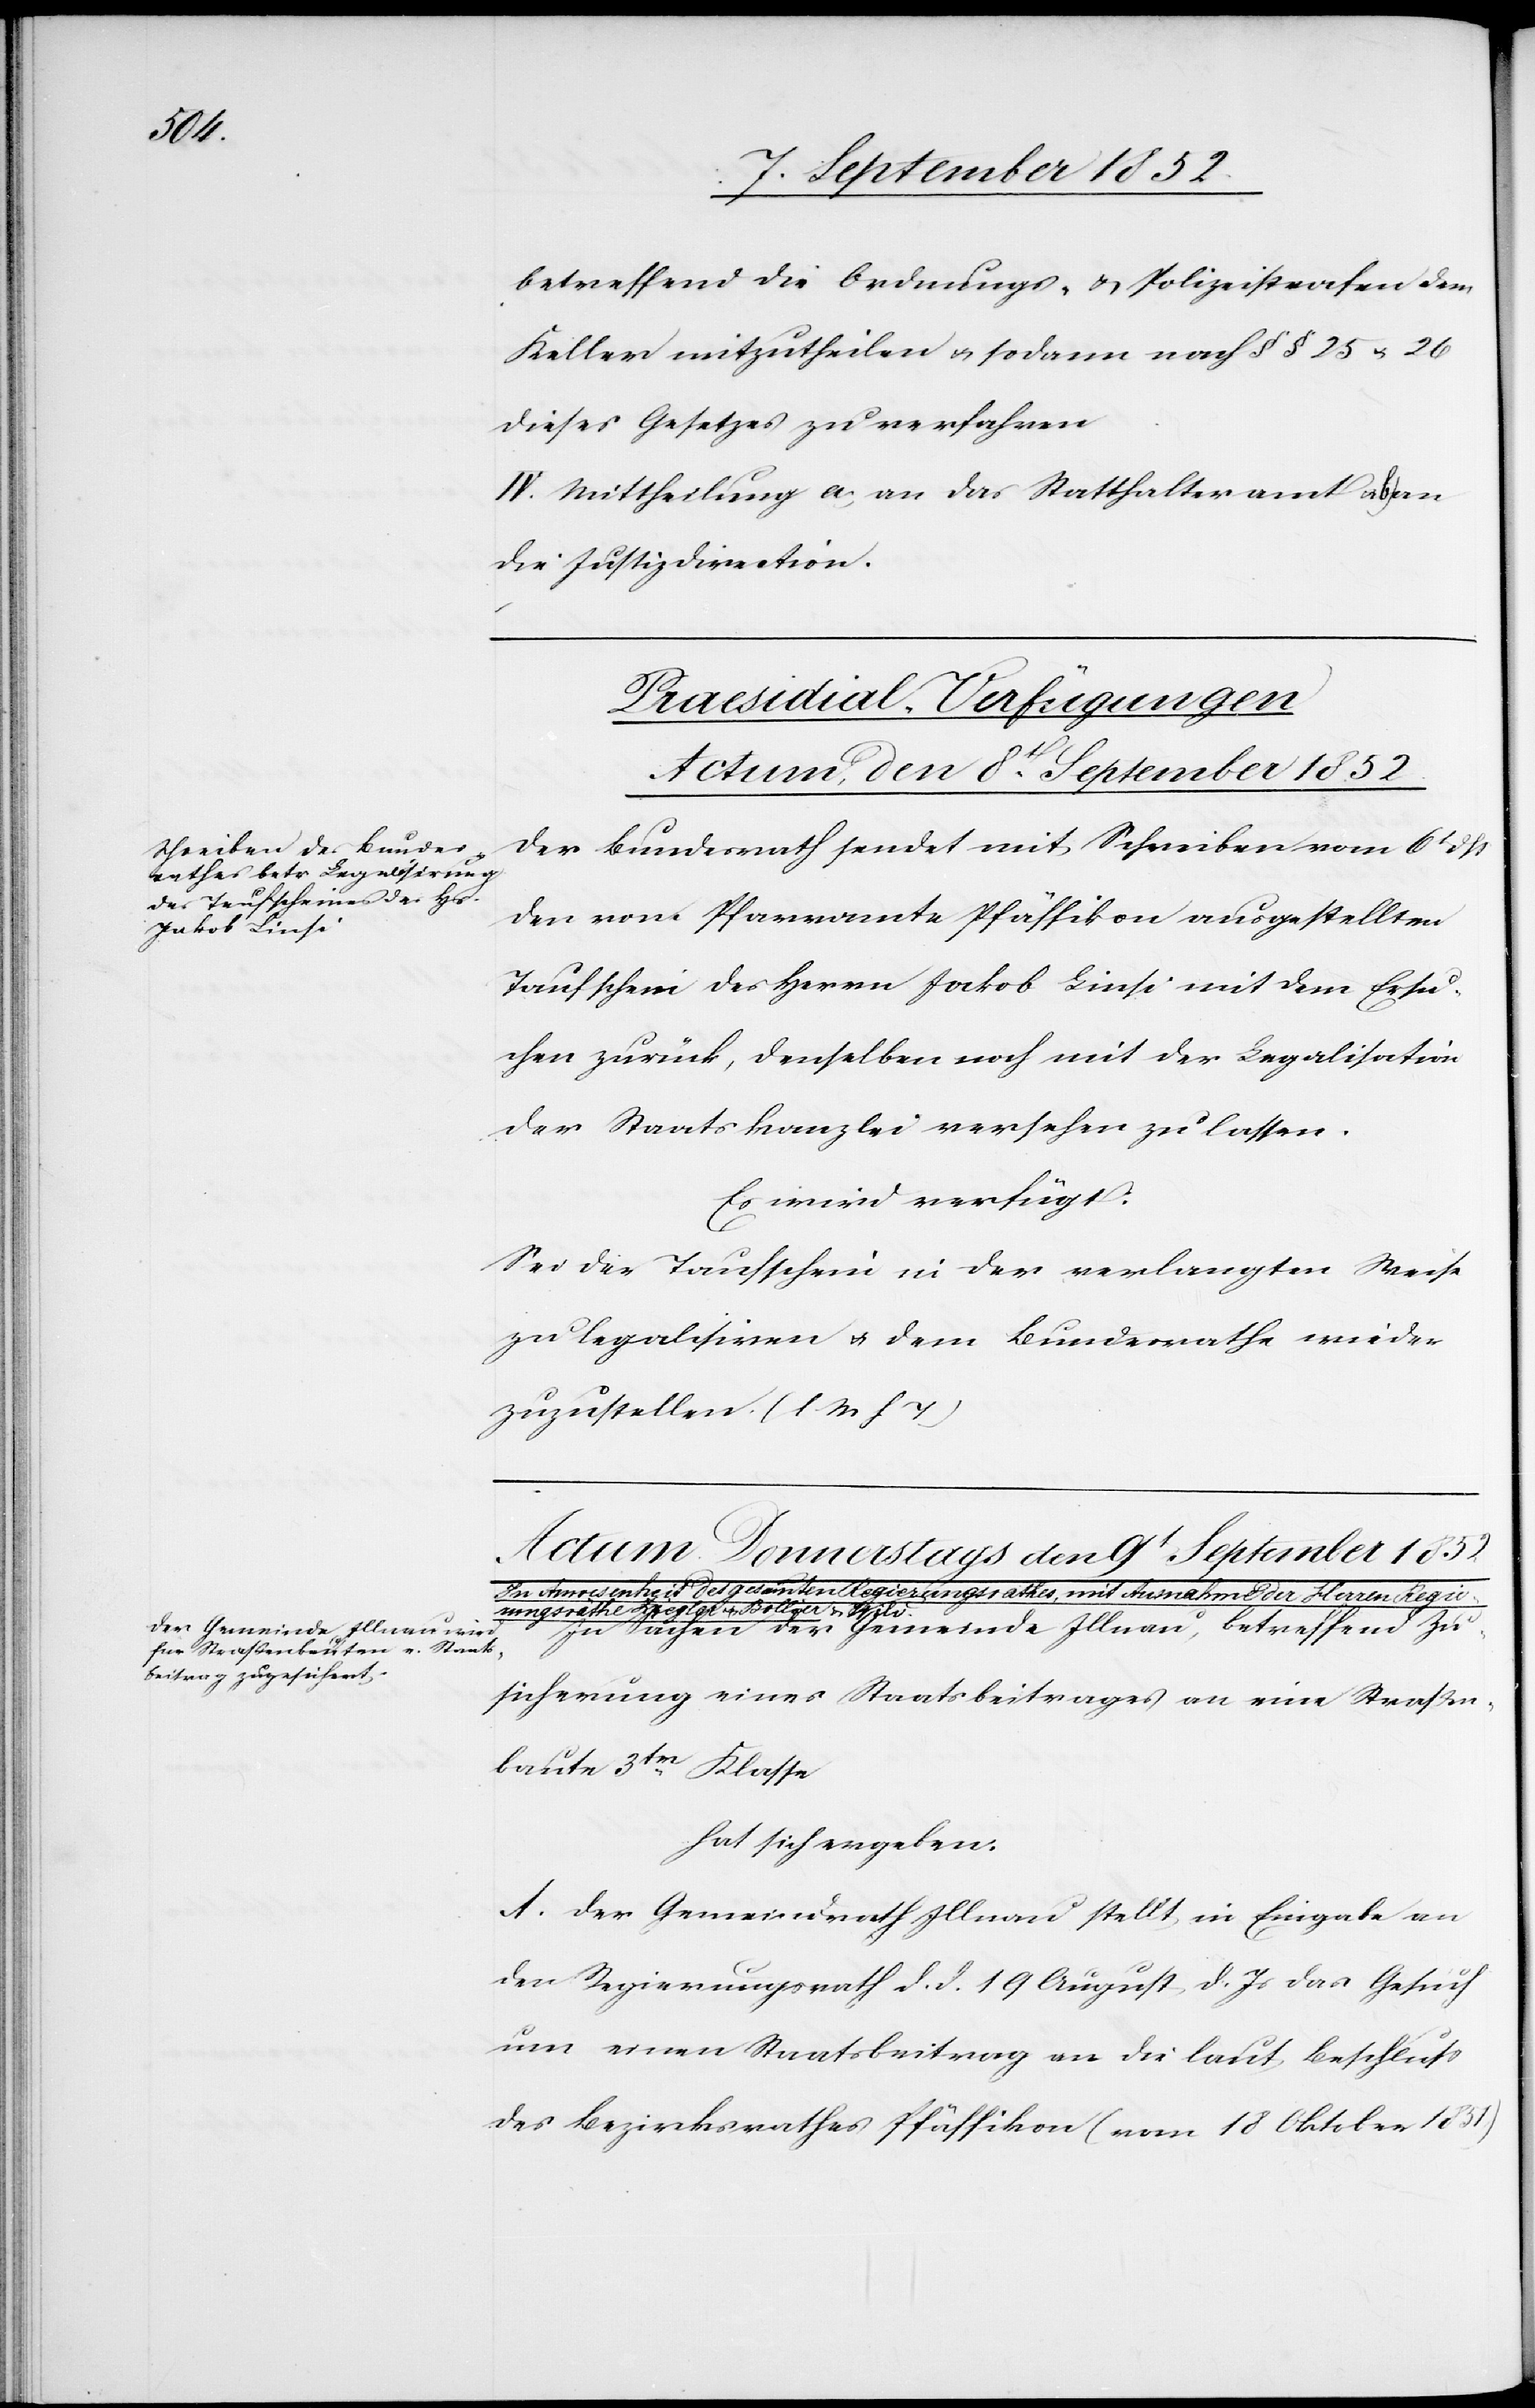
betreffend die Ordnungs- & Polizeistrafen dem
Keller mitzutheilen & sodann nach § § 25 & 26
dieses Gesetzes zu verfahren
IV. Mittheilung a, an das Statthalteramt [?&]
die Justizdirection.
Praesidial-Verfügungen
Actum, den 8t. September 1852.
Der Bundesrath sendet mit Schreiben vom 6t dß
den vom Pfarramte Pfäffikon ausgestellten
Taufschein des Herrn Jakob Linsi mit dem Ersu¬
chen zurück, denselben noch mit der Legalisation
der Staatskanzlei versehen zu lassen.
Es wird verfügt:
Sei der Taufschein in der verlangten Weise
zu legalisiren & dem Bundesrathe wieder
zuzustellen. (l M h T)
In Sachen der Gemeinde Illnau, betreffend Zu¬
sicherung eines Staatsbeitrages an eine Straßen¬
baute 3tr.
Klasse
hat sich ergeben:
A. Der Gemeindrath Illnau stellt in Eingabe an
den Regierungsrath d. d. 19 August d. Js das Gesuch
um einen Staatsbeitrag an die laut Beschluss
des Bezirksrathes Pfäffikon (vom 18 Oktober 1851)